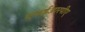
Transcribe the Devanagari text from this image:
एफईआरपीए